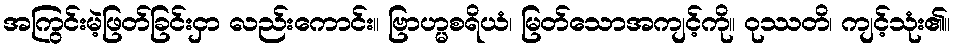
အကြွင်းမဲ့ဖြတ်ခြင်းငှာ လည်းကောင်း။ ဗြာဟ္မစရိယံ၊ မြတ်သောအကျင့်ကို။ ဝုဿတိ၊ ကျင့်သုံး၏။